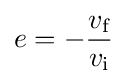
e=-{\frac {v_{\text{f}}}{v_{\text{i}}}}